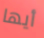
أيها